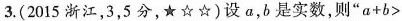
3. (2015浙江，3，5分，★ ☆ ☆ )设 α，b 是实数，则 $$“a + b >